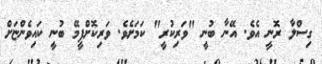
ގިސްލާ ރޮނީ އެވެ. އޭނާ ބުނީ "ވަރިކުރީ" ކަމަށެވެ. ވަރިކޮށްފީމޭ ބުނީ ކައިވެންޏަށް